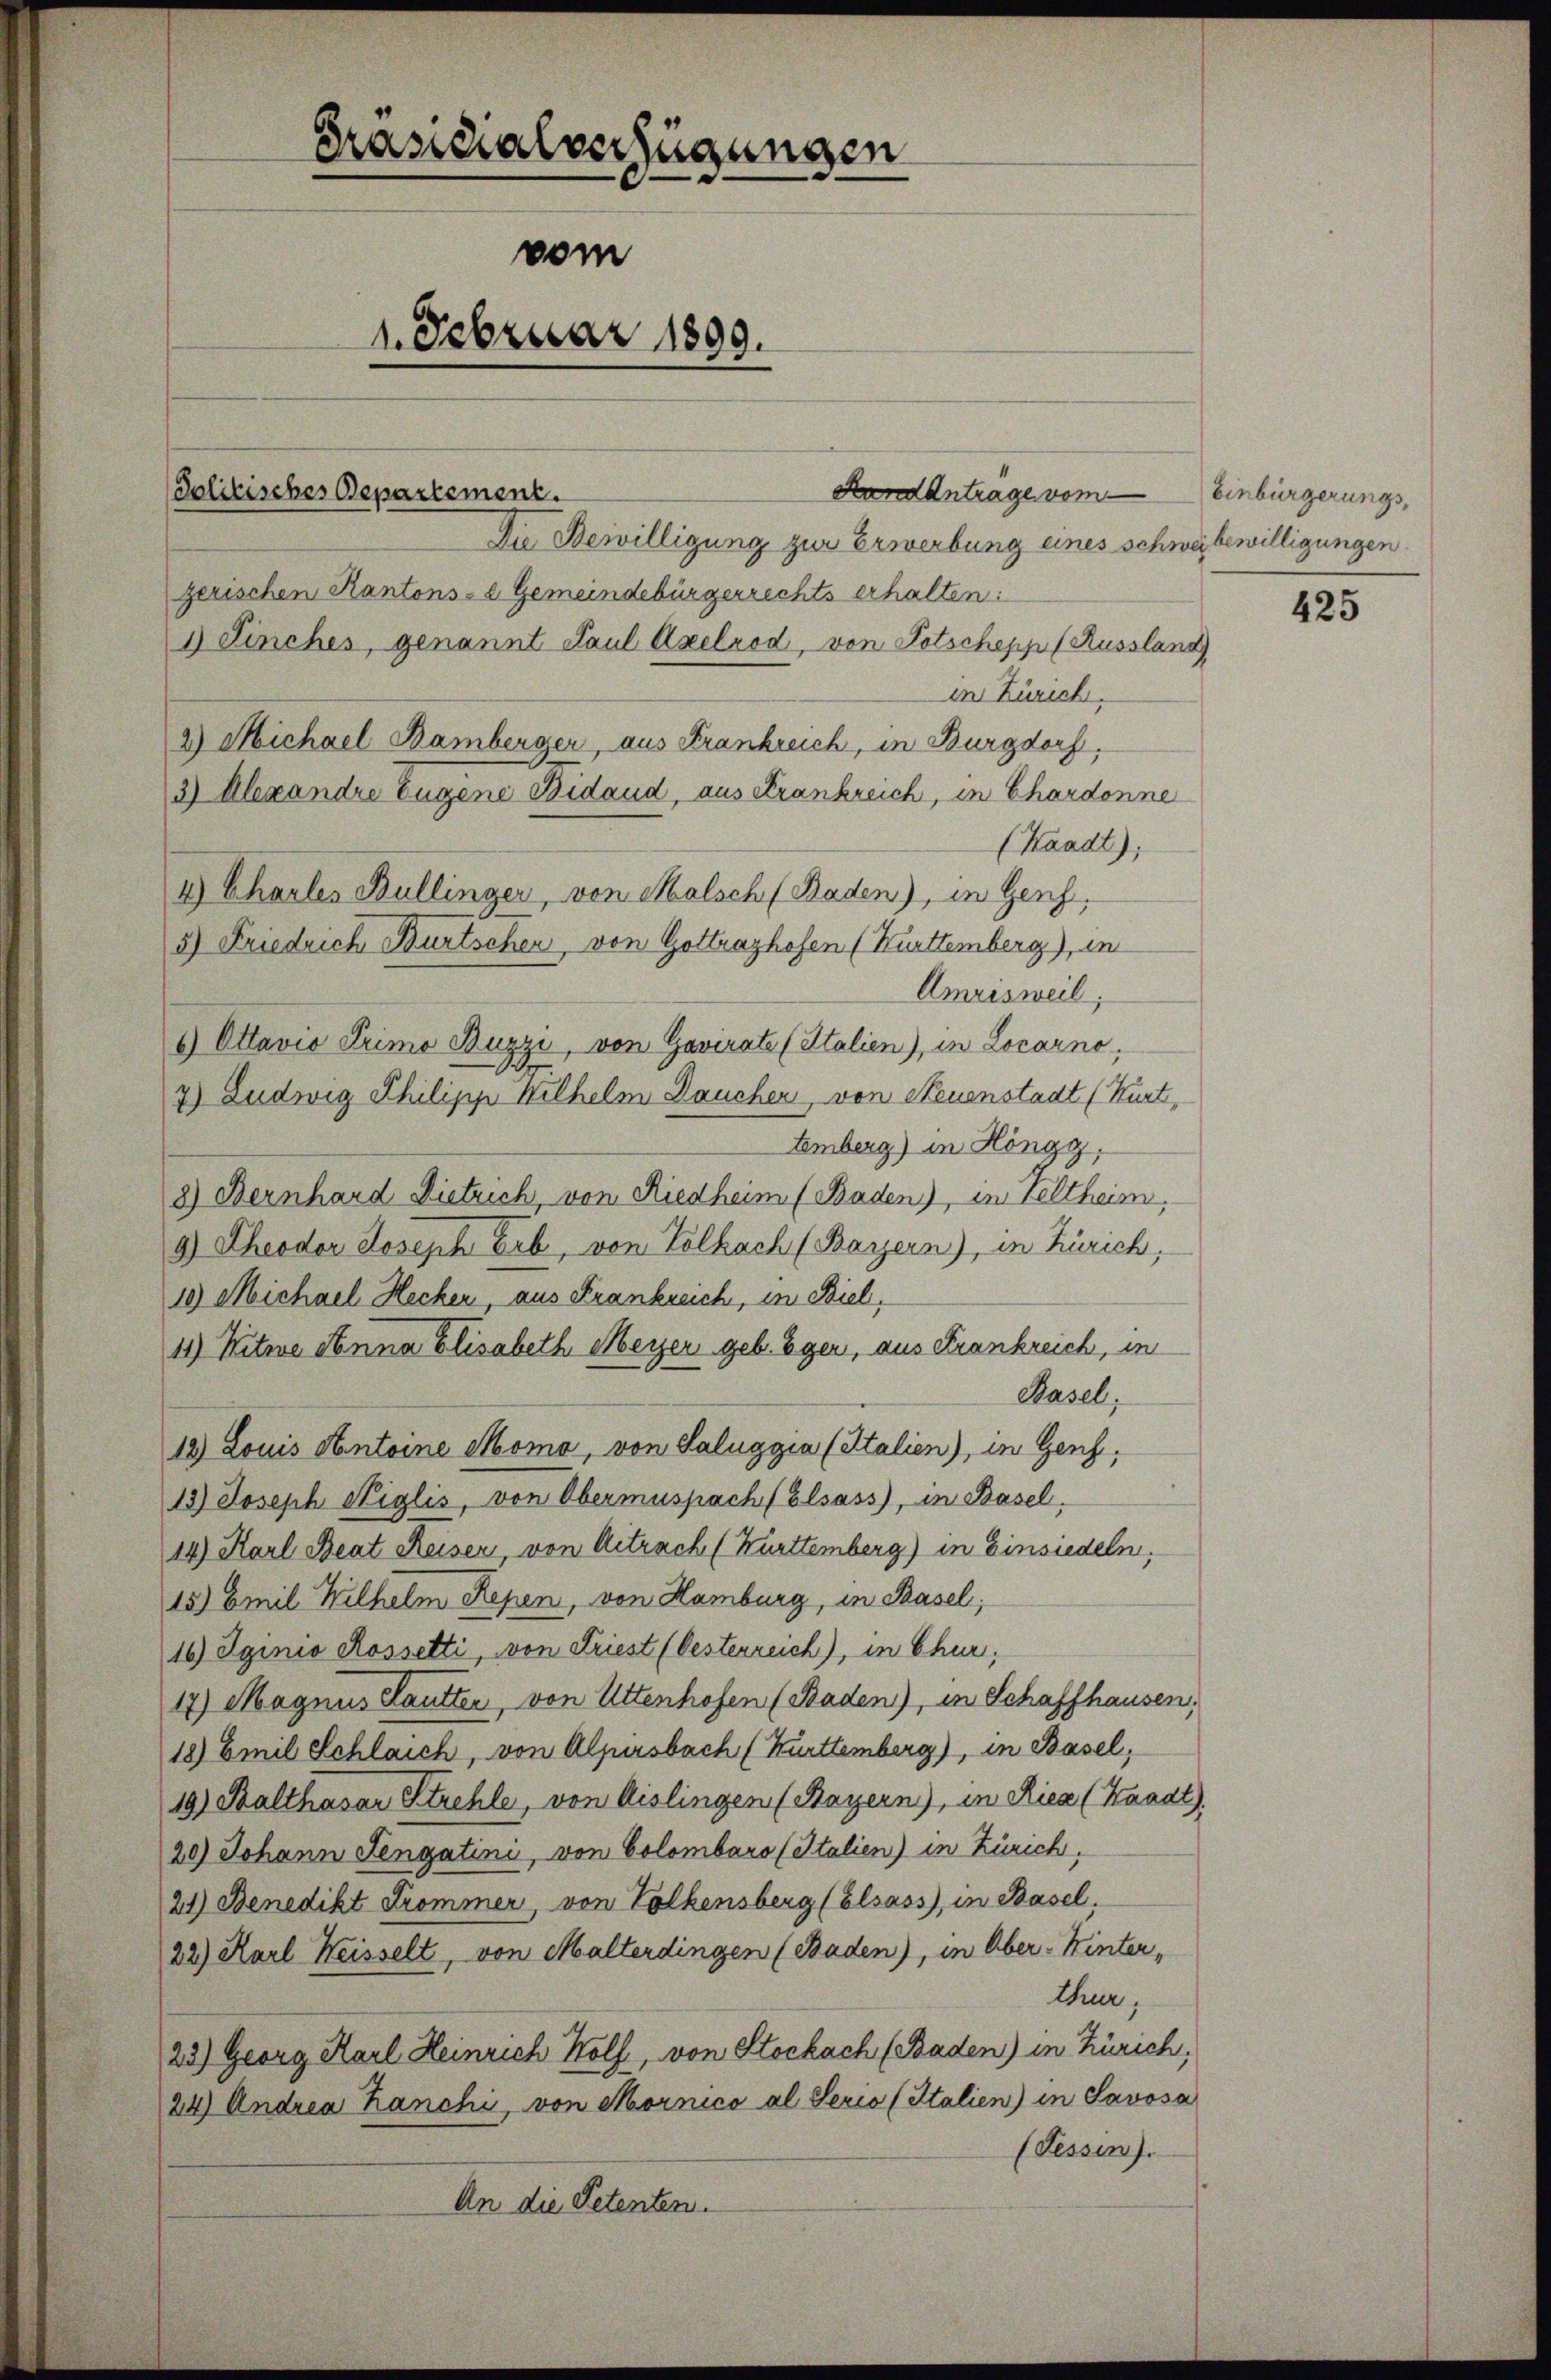
Präsidialverfügungen
vom
1. Februar 1899.

Politisches Departement.

Die Bewilligung zur Erwerbung eines schweibewilligungen.
zerischen Kantons- & Gemeindebürgerrechts erhalten:
1) Linches, genannt Paul Axelrod, von Potschepp (Russland
in Zürich.
2) Michael Bamberger, aus Frankreich, in Burgdorf.
3) Alexandre Eugene Bidaud, aus Krankreich, in Chardonne
(Kaadt);
4.) Charles Bullinger, von Malsch (Baden), in Genf,
5) Friedrich Burtschen von Gottrazhofen (Kurttemberg), in
Amrisweil;
2) Ottavio Primo Buzzi, von Govirate (Stalien), in Locarno,
7) Ludwig Philipp Wilhelm Baucher, von Neuenstadt (Kurt,
Emberg) in Höngg,
8) Bernhard Dietrich, von Riedheim (Baden), in Veltheim,
9) Theodor Joseph Erb, von Volkach (Bayern), in Zürich;
10) Michael Hecker, aus Frankreich, in Biel,
11) Witwe Sonna Elisabeth Meyer geb. Eger, aus Krankreich, in
Basel;
12) Louis Antoine Momo, von Saluggia (Italien), in Genf,
13.) Joseph Niglis, von Obermuspachfolsass, in Basel.
14) Karl Beat Reisen, von Aitrach (Kürttemberg) in Einsiedeln,
15) Emil Wilhelm Repen, von Hamburg, in Basel;
16) Spinio Rossetti, von Friest (Oesterreich), in Chur,
17) Magnus Hautter, von Attenhofen (Baden), in Schaffhausen,
18) Emil Schlaich, von Alpersbach (Kurttemberg), in Basel;
19.) Balthasar Strehle, von Aislingen (Bayern), in Rica (Kaadt).
20) Johann Sengatini, von Colombaro (Italien) in Zürich,
21) Benedikt Trommer, von Volkensberg (Elsass, in Basel,
22) Karl Weisselt, von Malterdingen (Baden), in Ober-Winter-
thur,
23.) Georg Karl Heinrich Wolf, von Stockach (Baden) in Zürich,
24) Andrea hanchi, von Mornico al Serio (Italien) in Savosa
(Fessen).
An die Petenten.

nd Antrage vom Einbürgerungs¬

425